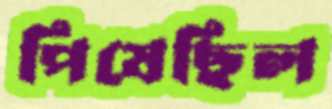
পিষেছিল